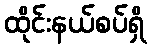
ထိုင်းနယ်စပ်ရှိ